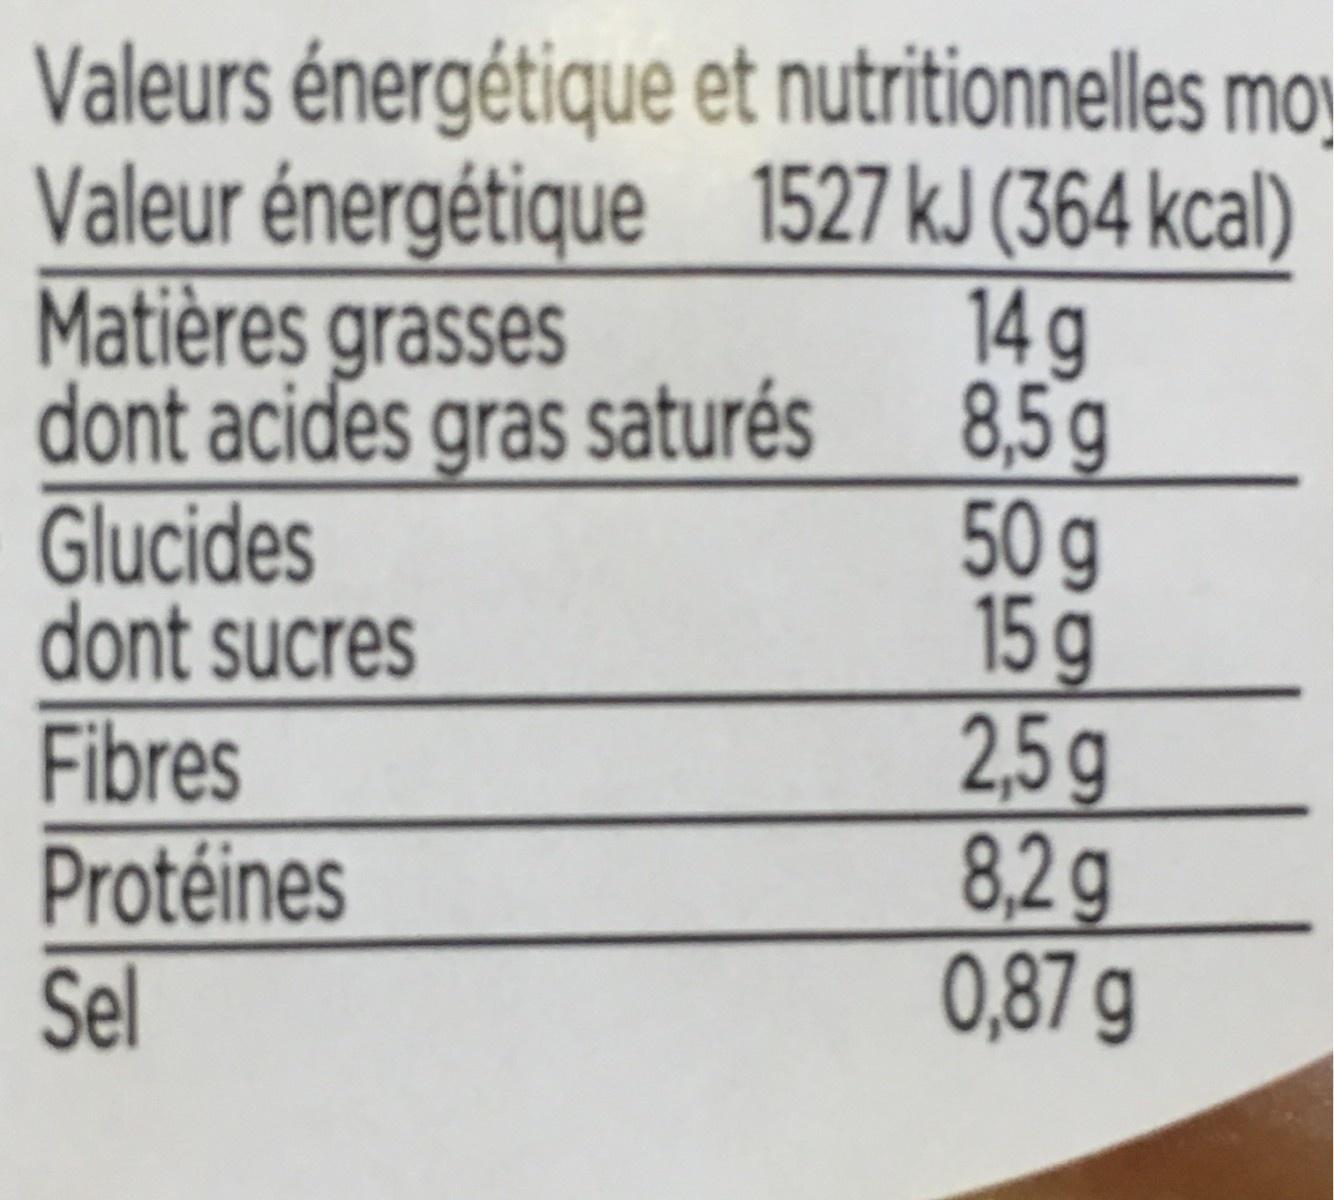
Valeurs énergétique et nutritionnelles moy Valeur énergétique 1527 kJ (364 kcal) 14g 8,5g 50g 15g 2,5g 8,2g 0,87 g
Matières grasses
dont acides gras saturés
Glucides dont sucres Fibres Protéines Sel